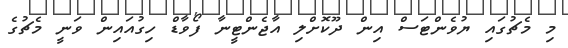
މި މެޗުގައި ޔުވެންޓަސް އިން ދޫކޮށްލި އާޖެންޓީނާ ފޯވާޑް ހިގުއައިން ވަނީ މެޗުގެ